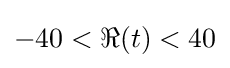
-40<\Re (t)<40